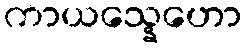
ကာယသ္နေဟော